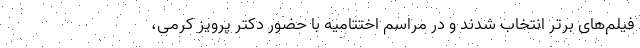
فیلم‌های برتر انتخاب شدند و در مراسم اختتامیه با حضور دکتر پرویز کرمی،